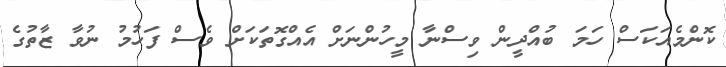
ކޮންމެއަކަސް ހަމަ ބުއްދީން ވިސްނާ މީހުންނަށް އެއްގޮތަކަށް ވެސް ފަހުމު ނުވާ ޒާތުގެ